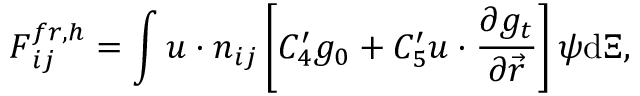
\boldsymbol { F } _ { i j } ^ { f r , h } = \int \boldsymbol { u } \cdot \boldsymbol { n } _ { i j } \left[ C _ { 4 } ^ { \prime } g _ { 0 } + C _ { 5 } ^ { \prime } \boldsymbol { u } \cdot \frac { \partial g _ { t } } { \partial \vec { r } } \right] \boldsymbol { \psi } \mathrm { { d } } \boldsymbol { \Xi } ,